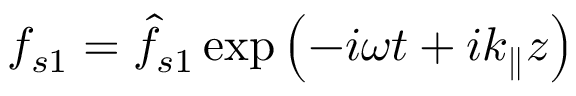
f _ { s 1 } = \hat { f } _ { s 1 } \exp \left( - i \omega t + i k _ { \parallel } z \right)